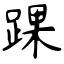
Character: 踝